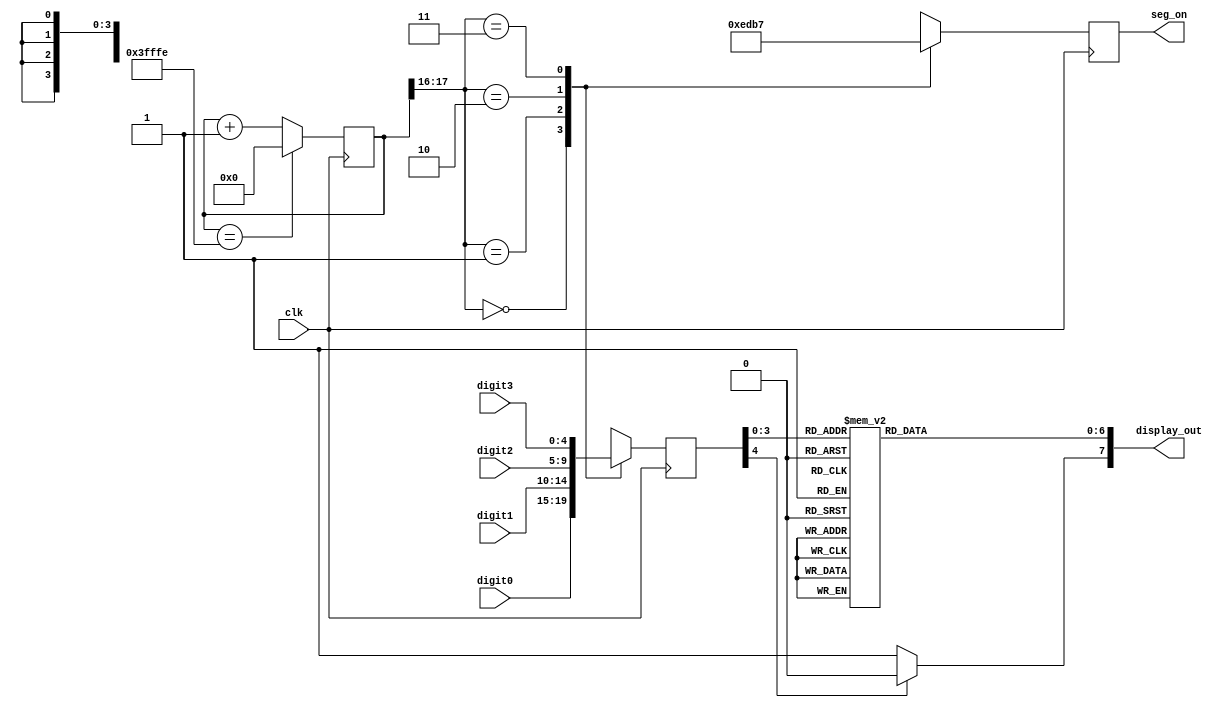
`timescale 1ns / 1ps
//////////////////////////////////////////////////////////////////////////////////
// Company: 
// Engineer: 
// 
// Design Name: 
// Module Name:    seven_segment 
// Project Name: 
// Target Devices: 
// Tool versions: 
// Description: 
//
// Dependencies: 
//
// Revision: 
// Revision 0.01 - File Created
// Additional Comments: 
//
//////////////////////////////////////////////////////////////////////////////////
/*
	   aaa
	 f     b
    f     b
      ggg
    e     c
    e     c
      ddd
*/
module seven_segment(
	input clk,
   input [4:0] digit0, // high bit (i.e. digit[4]) is to set decimal
	input [4:0] digit1,
	input [4:0] digit2,
	input [4:0] digit3,
	output reg [3:0] seg_on,
	output reg [7:0] display_out // high bit sets decimal
    );
	parameter COUNT_WIDTH = 18;
	
	reg [COUNT_WIDTH-1:0] count = {COUNT_WIDTH{1'b0}};
	reg [4:0] select_digit = 5'd0;
	
	initial seg_on = 4'd0;
	initial display_out = 8'd0;
	
	
	always@(posedge clk) begin // seven segment scanning
		if (count == {COUNT_WIDTH{1'b1}} - 1)
			count <= {COUNT_WIDTH{1'b0}};
		else
			count <= count + 1'b1;

	   case({count[COUNT_WIDTH-1'b1],count[COUNT_WIDTH-2'b10]})
				0: begin seg_on <= 4'b1110;
							select_digit <= digit0;
					end
				1: begin seg_on <= 4'b1101;
							select_digit <= digit1;
					end
				2: begin seg_on <= 4'b1011;
							select_digit <= digit2;
					end
				3: begin seg_on <= 4'b0111;
							select_digit <= digit3;
					end
			endcase
	end

	always@* begin
		if (select_digit[4])
			display_out[7] = 1'b0;
		else
			display_out[7] = 1'b1;
		case(select_digit[3:0])      // abcdefg
			 0: display_out[6:0] = 7'b0000001;
			 1: display_out[6:0] = 7'b1001111;
			 2: display_out[6:0] = 7'b0010010;
			 3: display_out[6:0] = 7'b0000110;
			 4: display_out[6:0] = 7'b1001100;
			 5: display_out[6:0] = 7'b0100100;
			 6: display_out[6:0] = 7'b0100000;
			 7: display_out[6:0] = 7'b0001111;
			 8: display_out[6:0] = 7'b0000000;
			 9: display_out[6:0] = 7'b0000100;
			10: display_out[6:0] = 7'b0000010; // a
			11: display_out[6:0] = 7'b1100000; // b
			12: display_out[6:0] = 7'b1110010; // c
			13: display_out[6:0] = 7'b1000010; // d
			14: display_out[6:0] = 7'b0010000; // e
			15: display_out[6:0] = 7'b0111000; // f
			default: display_out[6:0] = 7'b0000001; // default to display 0
		endcase
	end

endmodule